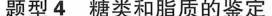
题型4糖类和脂质的鉴定